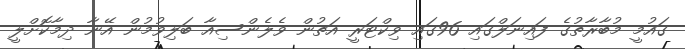
ގައުމީ މުބާރާތުގެ ފައިނަލްގައި 96ގައި ވިކްޓަރީ އަތުން ވެލެންސިއާ ބަލިވުމުން އޭނާ ދިމާކޮށްލީ